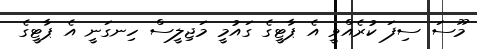
މޫސަ ސިފަ ކުރެއްވީ އެ ޕާޓީގެ ގައުމީ މަޖިލީސް ހިނގަނީ އެ ޕާޓީގެ